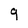
Character: q